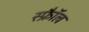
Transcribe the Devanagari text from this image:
स्फ्रैॉल